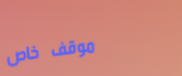
موقف خاص